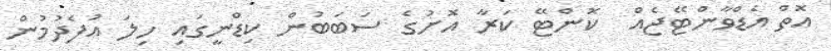
އޮތް އެޑްވާންޓޭޖެއް  ކޮންޓޭ ކަރާ އޮށުގެ ސަބަބުން ކިޑްނީގައި ހިލަ އުފެދުމުން